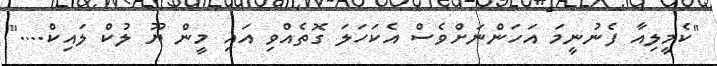
"ކެމީލިއާ ފެނުނީމަ އަހަންނަށްވެސް އެކަހަލަ ގޮތެއްވި އައި މީން ޔޫ ލުކް ލައިކް...."